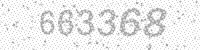
Solution: 663368